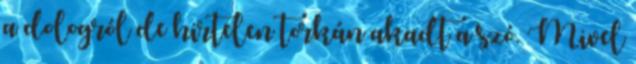
a dologról de hirtelen torkán akadt a szó. Mivel